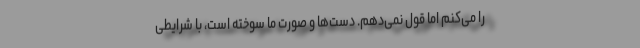
را می‌کنم اما قول نمی‌دهم. دست‌ها و صورت ما سوخته‌ است، با شرایطی